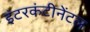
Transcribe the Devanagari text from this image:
इंटरकंटीनेंटल